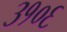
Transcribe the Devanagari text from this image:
३१०६